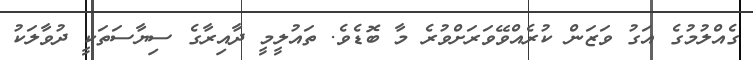
ގެއްލުމުގެ އަގު ވަޒަން ކުރެއްވޭވަރަށްވުރެ މާ ބޮޑެވެ. ތައުލީމީ ދާއިރާގެ ސިޔާސަތަކީ ދުވާލަކު